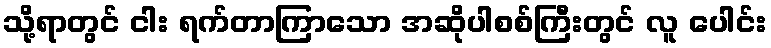
သို့ရာတွင် ငါး ရက်တာကြာသော အဆိုပါစစ်ကြီးတွင် လူ ပေါင်း